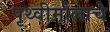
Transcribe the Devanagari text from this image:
पृथ्वीमोलाचे